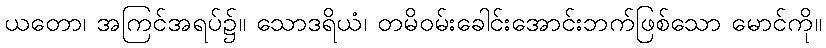
ယတော၊ အကြင်အရပ်၌။ သောဒရိယံ၊ တမိဝမ်းခေါင်းအောင်းဘက်ဖြစ်သော မောင်ကို။